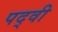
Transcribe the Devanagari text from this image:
पद्‍वी